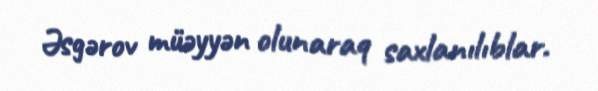
Əsgərov müəyyən olunaraq saxlanılıblar.